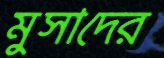
মুসাদের